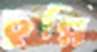
চুল্লি